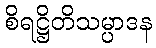
စိရဋ္ဌိတိသမ္ပာဒန